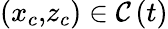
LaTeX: {\displaystyle\left({\displaystyle x_{c},}z_{c}\right)\in{\displaystyle\mathcal{C}\left(t\right)}}